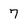
Character: 7